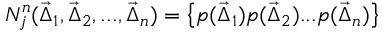
N _ { j } ^ { n } ( \vec { \Delta } _ { 1 } , \vec { \Delta } _ { 2 } , . . . , \vec { \Delta } _ { n } ) = \bigl \{ p ( \vec { \Delta } _ { 1 } ) p ( \vec { \Delta } _ { 2 } ) . . . p ( \vec { \Delta } _ { n } ) \bigr \} \;